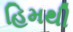
હિમથી